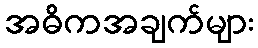
အဓိကအချက်များ